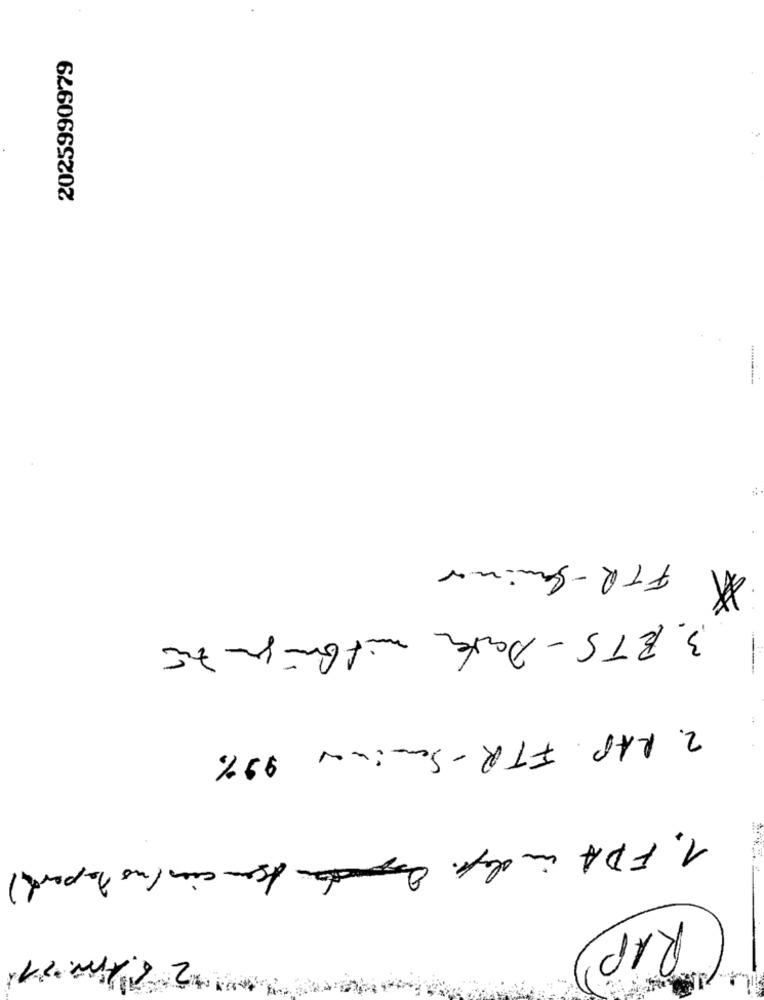
2025990979
FTR-Seminar
*
3. BTS - Date mitbringen zu
2. RAP. FTR-Seminar 99%
1. FDA indep. Asen cin (no report)
RAP